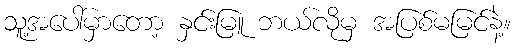
သူ့အပေါ်မှာတော့ နှင်းမြူ ဘယ်လိုမှ အပြစ်မမြင်နဲ့။